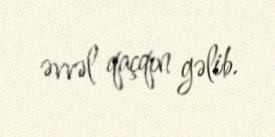
əvvəl qaçqın gəlib.